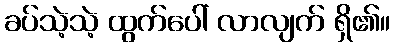
ခပ်သဲ့သဲ့ ထွက်ပေါ် လာလျက် ရှိ၏။